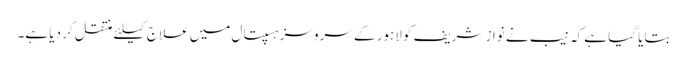
بتایا گیا ہے کہ نیب نے نواز شریف کو لاہور کے سروسز ہسپتال میں علاج کیلئے منتقل کر دیا ہے۔